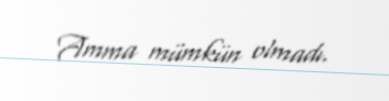
Amma mümkün olmadı.